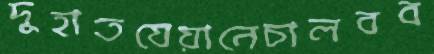
দুহাতযেয়ানেচালবব